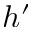
h ^ { \prime }